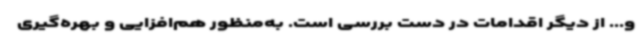
و... از دیگر اقدامات در دست بررسی است. به‌منظور هم‌افزایی و بهره‌گیری